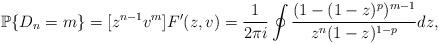
LaTeX: \begin{align*} \mathbb{P}\{D_{n}=m\} = [z^{n-1}v^{m}] F'(z,v) = \frac{1}{2 \pi i} \oint \frac{(1-(1-z)^{p})^{m-1}}{z^{n} (1-z)^{1-p}} dz,\end{align*}